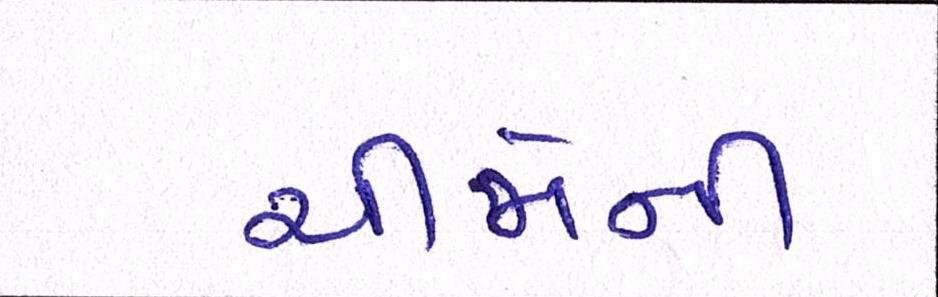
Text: ચીજોની